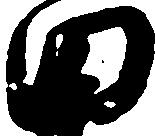
田